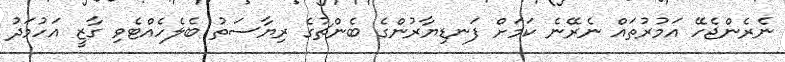
ނެރެންޖެހޭ އަމުރުތައް ނެރޭނެ ކަމަށް ފަނޑިޔާރުންގެ ބެންޗުގެ ރިޔާސަތު ބެލެހެއްޓެވި ގާޒީ އަހުމަދު